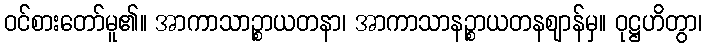
ဝင်စားတော်မူ၏။ အာကာသာဉ္စာယတနာ၊ အာကာသာနဉ္စာယတနဈာန်မှ။ ဝုဋ္ဌဟိတွာ၊